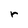
Character: r